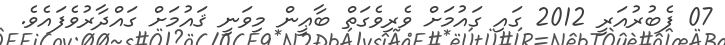
07 ފެބުރުއަރީ 2012 ގައި ގައުމަށް ވެރިވެގަތް ބާޢީން މިވަނީ ޤައުމަށް ގައްދާރުވެފައެވެ.